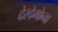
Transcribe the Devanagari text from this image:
देस्देमोना